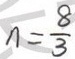
n = \frac { 8 } { 3 }